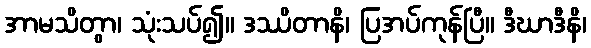
အာမသိတွာ၊ သုံးသပ်၍။ ဒဿိတာနိ၊ ပြအပ်ကုန်ပြီ။ ဒီဃာဒီနိ၊